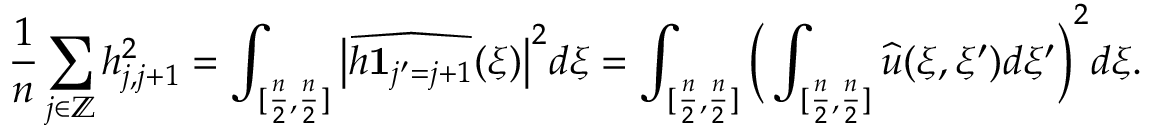
\frac { 1 } { n } \sum _ { j \in \mathbb { Z } } h _ { j , j + 1 } ^ { 2 } = \int _ { [ \frac { n } { 2 } , \frac { n } { 2 } ] } \big | \widehat { h \mathbf { 1 } _ { j ^ { \prime } = j + 1 } } ( \xi ) \big | ^ { 2 } d \xi = \int _ { [ \frac { n } { 2 } , \frac { n } { 2 } ] } \bigg ( \int _ { [ \frac { n } { 2 } , \frac { n } { 2 } ] } \widehat { u } ( \xi , \xi ^ { \prime } ) d \xi ^ { \prime } \bigg ) ^ { 2 } d \xi .